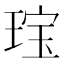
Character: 𱯄